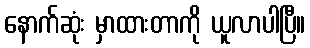
နောက်ဆုံး မှာထားတာကို ယူလာပါပြီ။